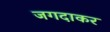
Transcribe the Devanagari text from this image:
जगदाकर